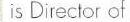
is Director of